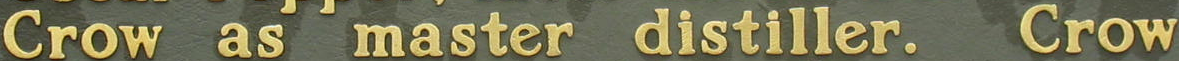
Crow as master distiller. Crow